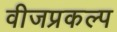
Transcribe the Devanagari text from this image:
वीजप्रकल्प